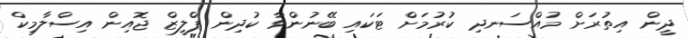
ދީން އިތުރަށް މުއްސަނދި ކުރުމަށް ޓަކައި ބޭނުންވާ ކުދިން ޕްލީޒް ޖޮއިން އިސްލާމިކް